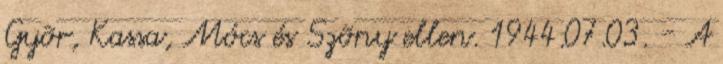
Gyõr, Kassa, Mócs és Szõny ellen. 1944.07.03. - A